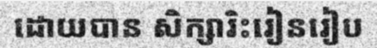
ដោយបាន សិក្សារិះរៀនរៀប